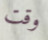
وقت